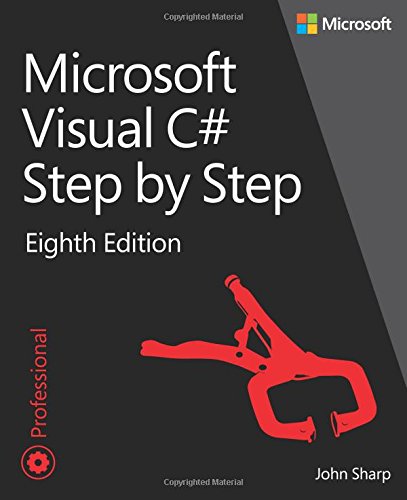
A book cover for Microsoft Visual C# Step by Step (8th Edition) (Developer Reference); John Sharp; Computers & Technology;